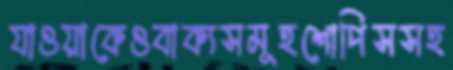
যাওয়াকেওবাক্যসমূহশোপিসসহ